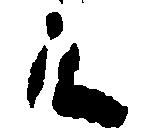
く